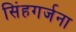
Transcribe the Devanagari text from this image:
सिंहगर्जना